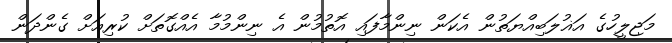
މަޖިލީހުގެ އަޣުލަބިއްޔަތުން އެކަން ނިންމާފައި އޮތުމުން އެ ނިންމުމާ އެއްގޮތަށް ކުރިއަށް ގެންދަން